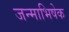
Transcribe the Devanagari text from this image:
जन्माभिषेक